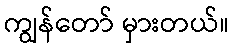
ကျွန်တော် မှားတယ်။